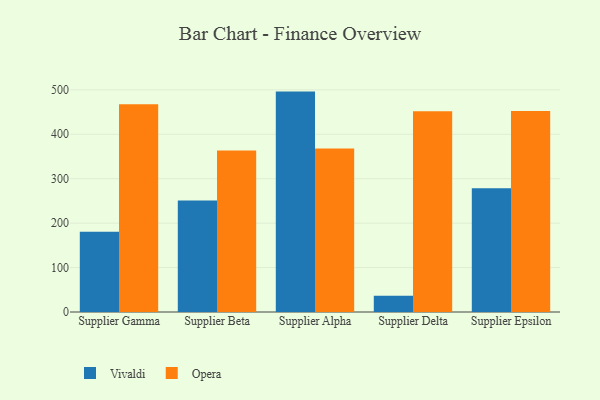
{"axis": {"x": "Supplier", "y": "Market Share (%)"}, "legend": ["Opera", "Vivaldi"], "data": [{"x": "Supplier Gamma", "y": 180.8, "type": "Vivaldi"}, {"x": "Supplier Gamma", "y": 467.9, "type": "Opera"}, {"x": "Supplier Beta", "y": 250.9, "type": "Vivaldi"}, {"x": "Supplier Beta", "y": 363.6, "type": "Opera"}, {"x": "Supplier Alpha", "y": 496.1, "type": "Vivaldi"}, {"x": "Supplier Alpha", "y": 368.1, "type": "Opera"}, {"x": "Supplier Delta", "y": 36.4, "type": "Vivaldi"}, {"x": "Supplier Delta", "y": 451.8, "type": "Opera"}, {"x": "Supplier Epsilon", "y": 278.3, "type": "Vivaldi"}, {"x": "Supplier Epsilon", "y": 452.2, "type": "Opera"}]}